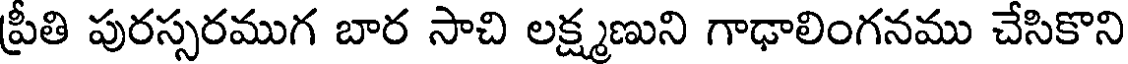
ప్రీతి పురస్సరముగ బార సాచి లక్ష్మణుని గాఢాలింగనము చేసికొని